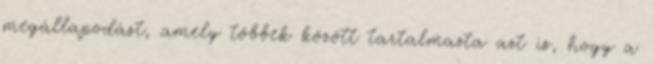
megállapodást, amely többek között tartalmazta azt is, hogy a